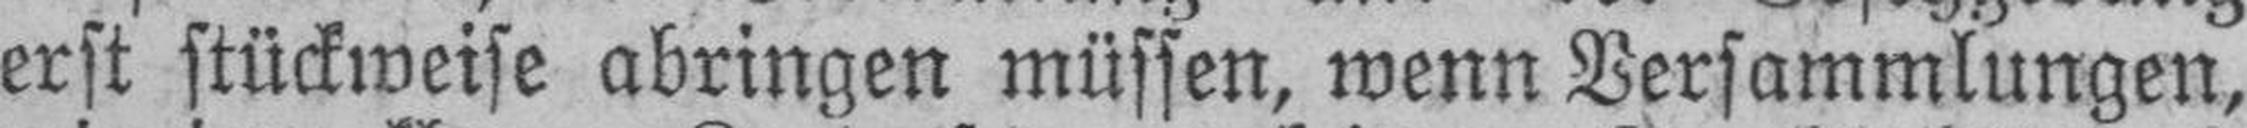
erst stückweise abringen müssen, wenn Versammlungen,